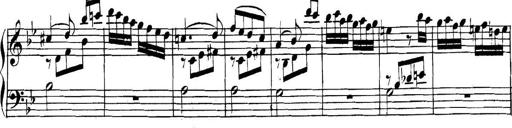
Title: Collected Piano Sonatas
Composer: Muzio Clementi